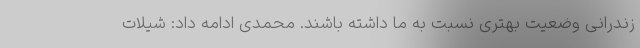
زندرانی وضعیت بهتری نسبت به ما داشته باشند. محمدی ادامه داد: شیلات